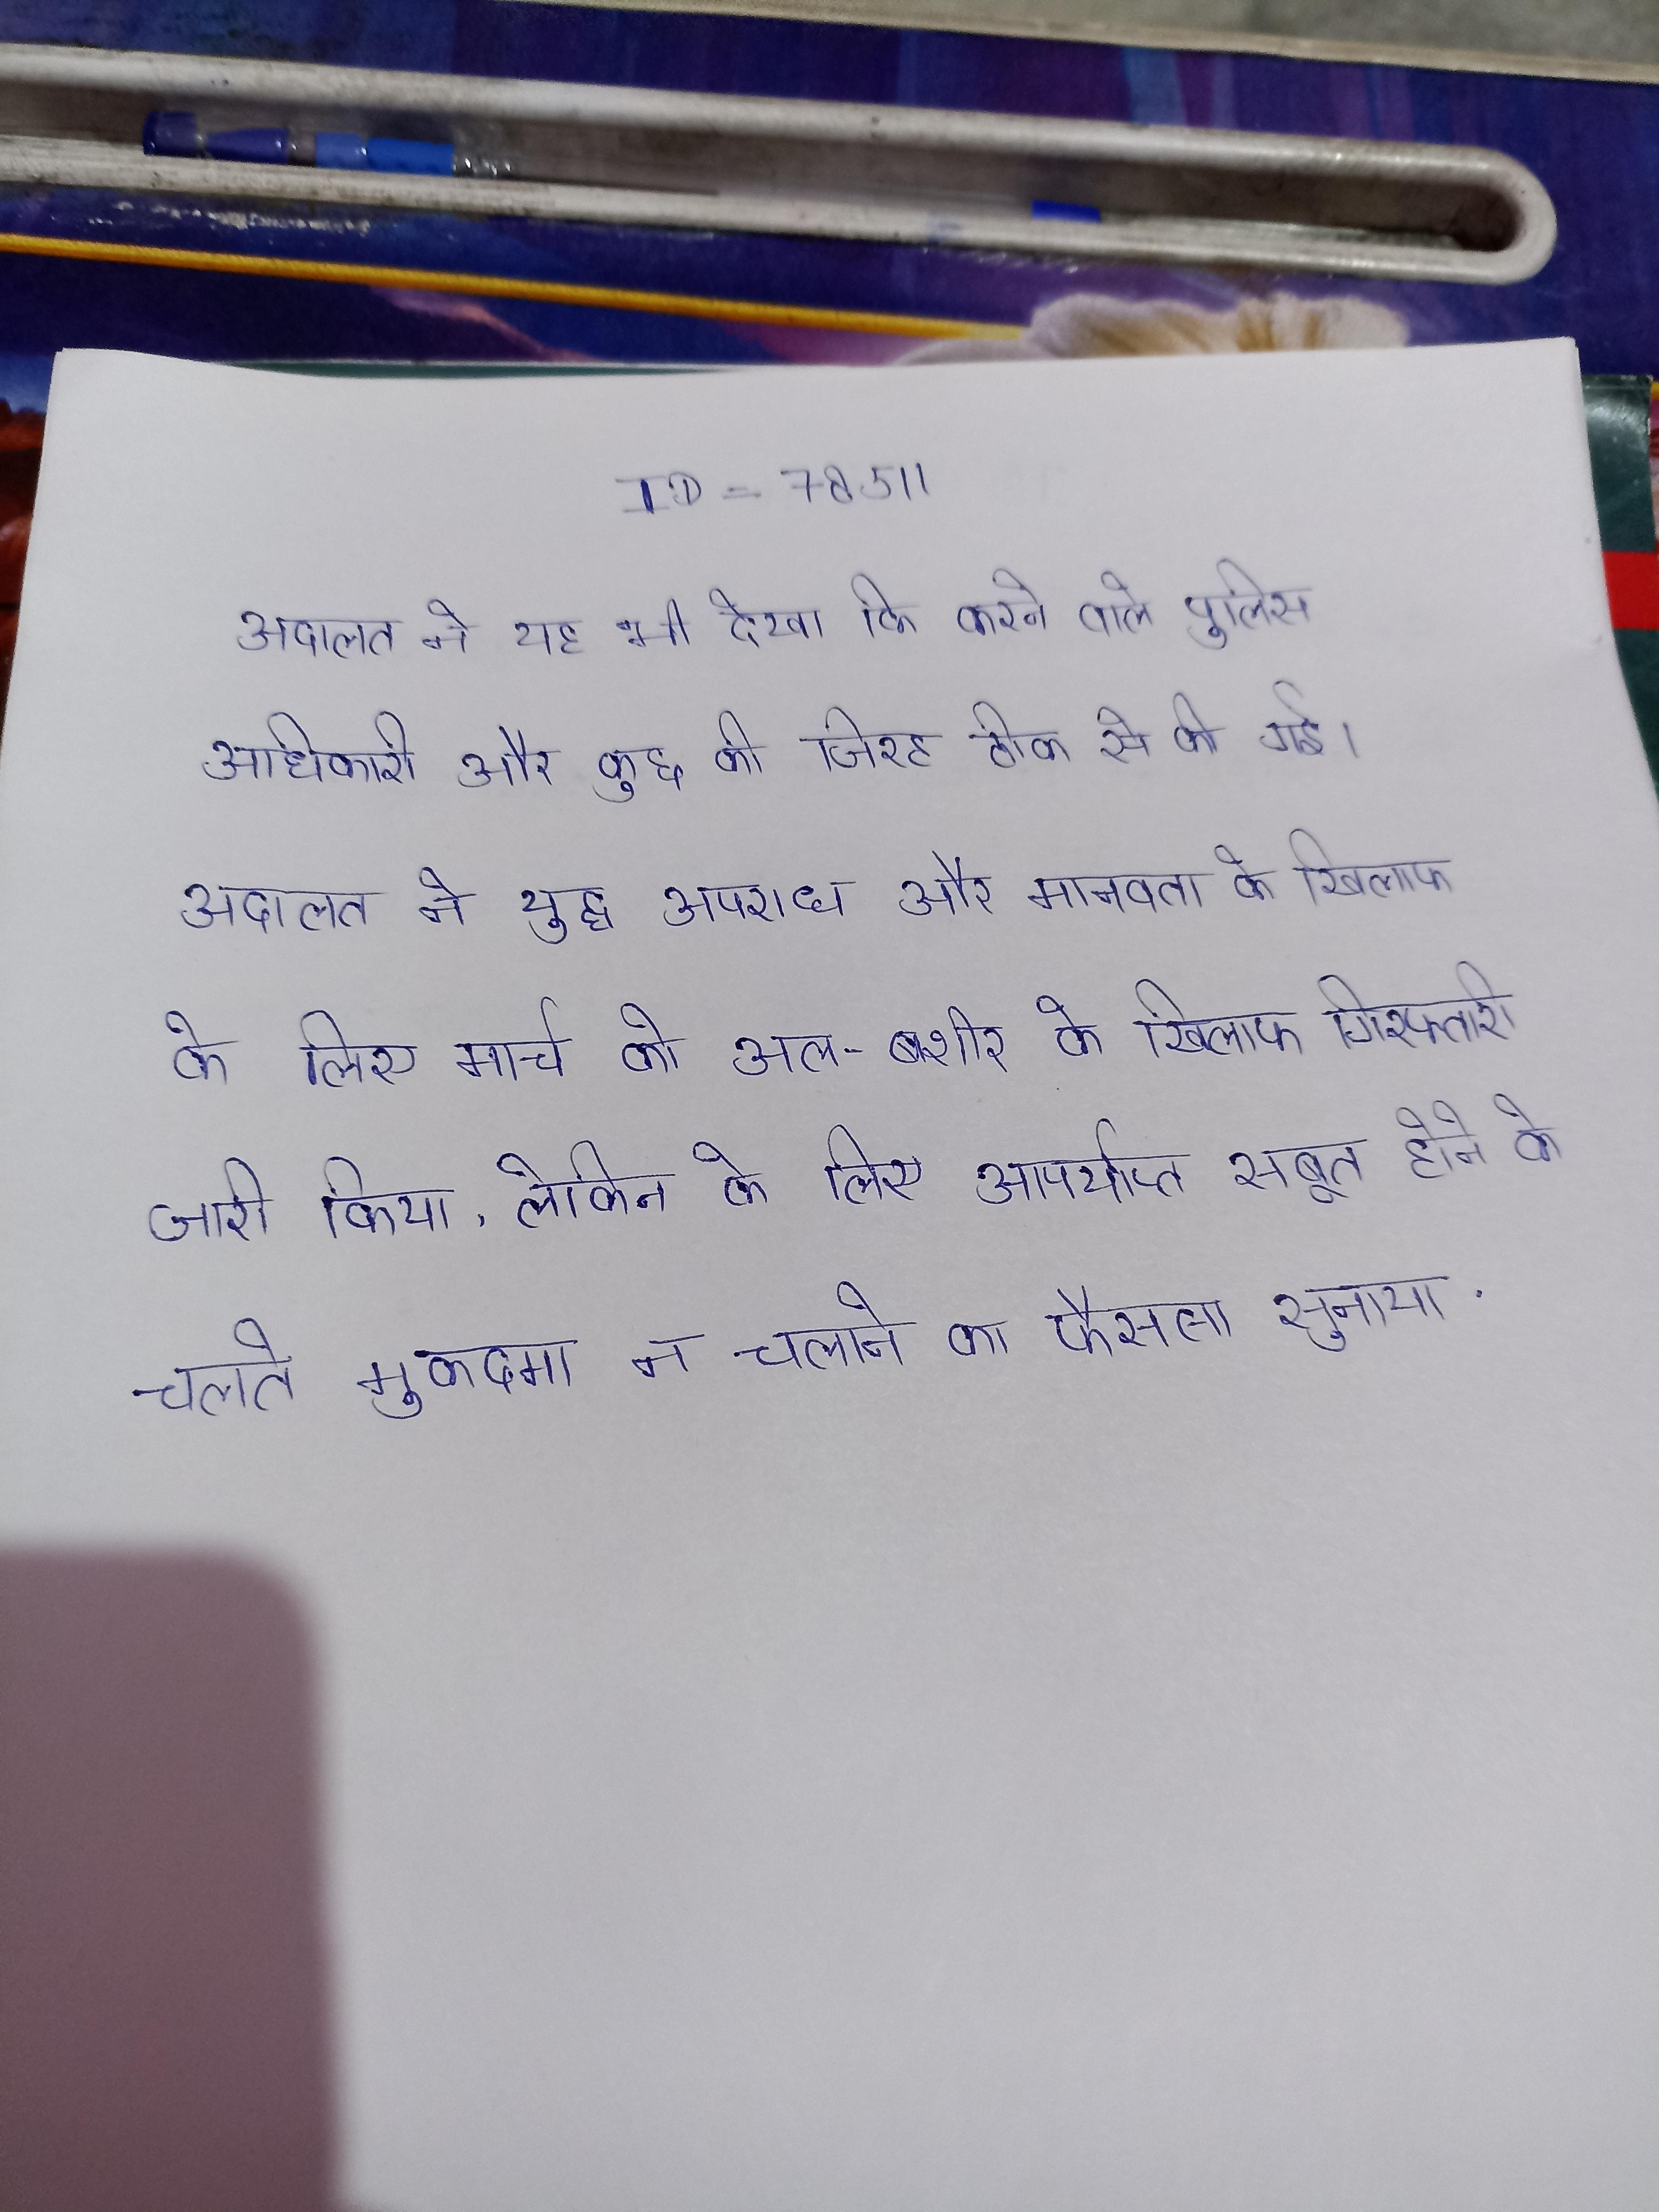
अदालत ने यह भी देखा कि करने वाले पुलिस अधिकारी और कुछ की जिरह ठीक से की गई । अदालत ने युद्ध अपराध और मानवता के खिलाफ के लिए मार्च को अल-बशीर के खिलाफ गिरफ्तारी जारी किया, लेकिन के लिए अपर्याप्त सबूत होने के चलते मुकदमा न चलाने का फैसला सुनाया .